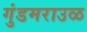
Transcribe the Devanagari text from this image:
गुंडमराउळ